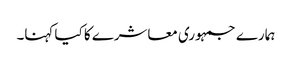
ہمارے جمہوری معاشرے کا کیا کہنا۔